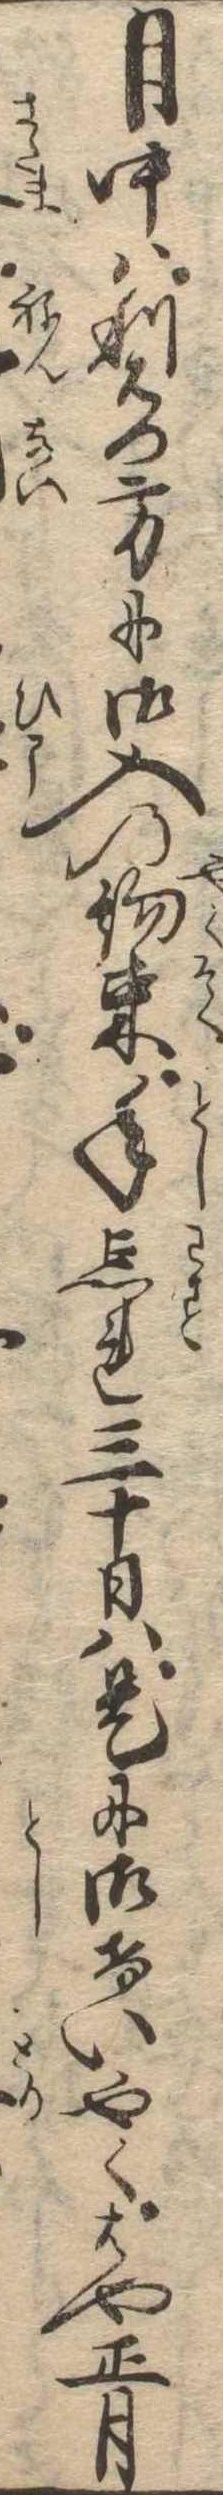
月中は利右門方に御入の約束年忘れ三十日は是に御けいやくはや正月